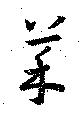
菜